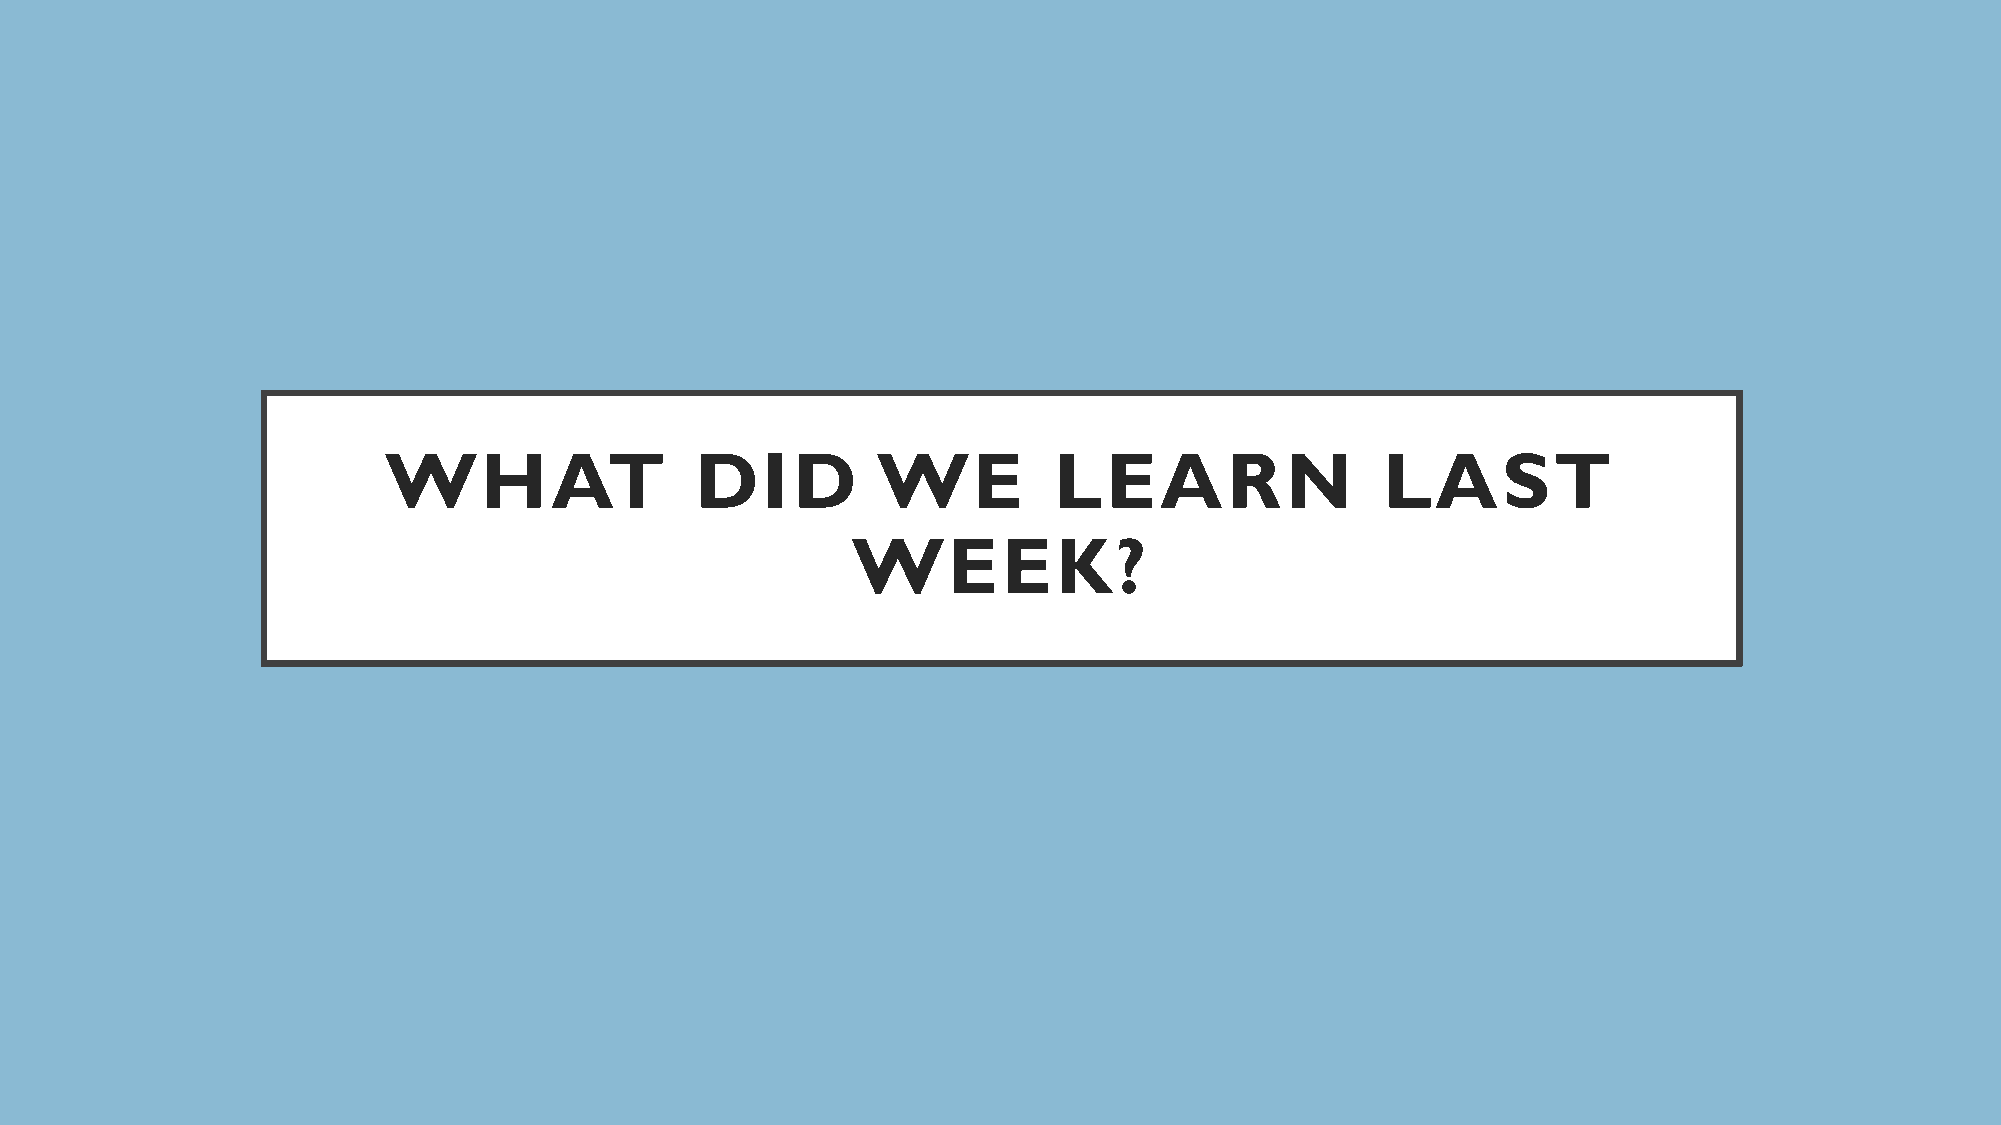
WHAT                 DID         WE          LEARN                 LAST
 WEEK?